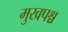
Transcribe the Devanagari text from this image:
मुखपश्च